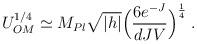
LaTeX: \begin{align*}U_{OM}^{1/4} \simeq M_{Pl}\sqrt{|h|}\Big(\frac{6e^{-J}}{dJV}\Big)^{\frac{1}{4}} \; .\end{align*}